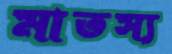
মাতস্য